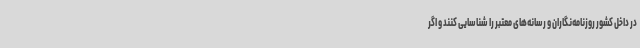
در داخل کشور روزنامه‌نگاران و رسانه‌های معتبر را شناسایی کنند و اگر